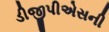
ડીજીપીએસની